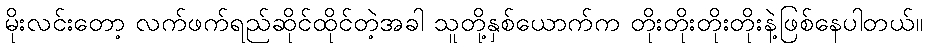
မိုးလင်းတော့ လက်ဖက်ရည်ဆိုင်ထိုင်တဲ့အခါ သူတို့နှစ်ယောက်က တိုးတိုးတိုးတိုးနဲ့ဖြစ်နေပါတယ်။